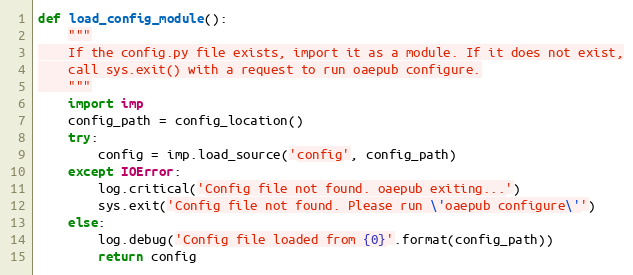
Language: Python
def load_config_module():
    """
    If the config.py file exists, import it as a module. If it does not exist,
    call sys.exit() with a request to run oaepub configure.
    """
    import imp
    config_path = config_location()
    try:
        config = imp.load_source('config', config_path)
    except IOError:
        log.critical('Config file not found. oaepub exiting...')
        sys.exit('Config file not found. Please run \'oaepub configure\'')
    else:
        log.debug('Config file loaded from {0}'.format(config_path))
        return config